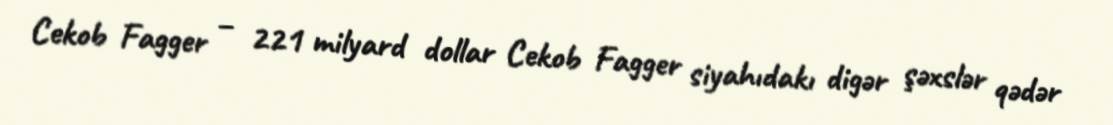
Cekob Fagger – 221 milyard dollar Cekob Fagger siyahıdakı digər şəxslər qədər